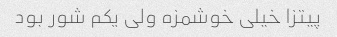
پیتزا خیلی خوشمزه ولی یکم شور بود